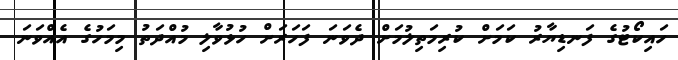
ހައިކޯޓުގެ ފަނޑިޔާރު ކަމަށް ކުރިމަތިލުމަށް ދެވަނަ ފަހަރަށް ހުޅުވާލި މުއްދަތު މިމަހުގެ އެއްވަނަ